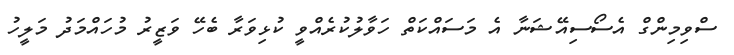
ސްވިމިންގް އެސޯސިއޭޝަނާ އެ މަސައްކަތް ހަވާލުކުރެއްވީ ކުޅިވަރާ ބެހޭ ވަޒީރު މުހައްމަދު މަލީހު